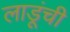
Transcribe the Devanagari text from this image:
लाडूंची